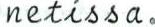
netissa.